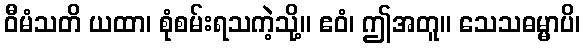
ဝီမံသတိ ယထာ၊ စုံစမ်းရသကဲ့သို့။ ဧဝံ၊ ဤအတူ။ သေသဓမ္မာပိ၊